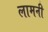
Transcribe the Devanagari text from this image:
लामनी